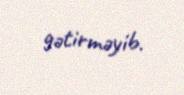
gətirməyib.